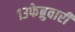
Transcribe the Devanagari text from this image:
१३फेब्रुवारी